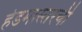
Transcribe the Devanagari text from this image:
हेडमास्तरची